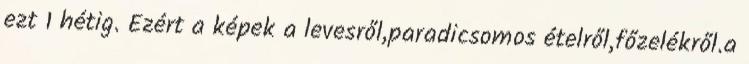
ezt 1 hétig. Ezért a képek a levesről,paradicsomos ételről,főzelékről.a